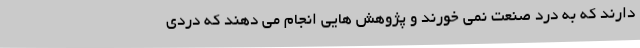
دارند که به درد صنعت نمی خورند و پژوهش هایی انجام می دهند که دردی